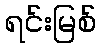
ရင်းမြစ်